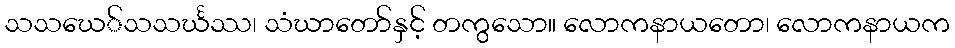
သသဃေ်သသင်္ဃဿ၊ သံဃာတော်နှင့် တကွသော။ လောကနာယတော၊ လောကနာယက